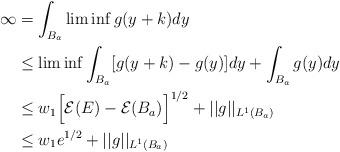
LaTeX: \begin{align*}\infty &=\int_{B_a} \liminf g(y+k)dy \\&\le \liminf \int_{B_a} [g(y+k)-g(y)]dy+\int_{B_a} g(y)dy\\&\le w_1 \Big[\mathcal{E}(E)-\mathcal{E}(B_a)\Big]^{1/2}+||g||_{L^1(B_a)}\\&\le w_1e^{1/2}+||g||_{L^1(B_a)}\end{align*}